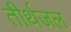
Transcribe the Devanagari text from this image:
तीर्थजल